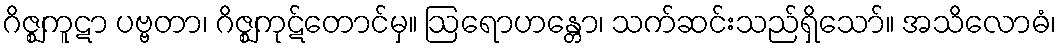
ဂိဇ္ဈကူဋာ ပဗ္ဗတာ၊ ဂိဇ္ဈကုဋ်တောင်မှ။ ဩရောဟန္တော၊ သက်ဆင်းသည်ရှိသော်။ အသိလောဓံ၊